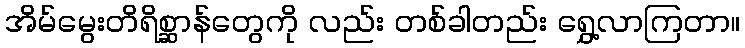
အိမ်မွေးတိရိစ္ဆာန်တွေကို လည်း တစ်ခါတည်း ရွှေ့လာကြတာ။